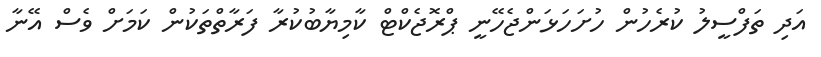
އަދި ތަފްސީލު ކުރެހުން ހުށަހަޅަންޖެހޭނީ ޕްރޮޖެކްޓް ކާމިޔާބުކުރާ ފަރާތްތަކުން ކަމަށް ވެސް އޭނާ